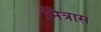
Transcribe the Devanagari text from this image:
मित्रास